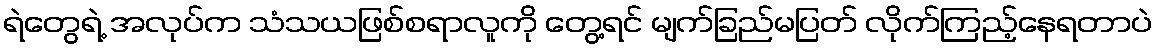
ရဲတွေရဲ့ အလုပ်က သံသယဖြစ်စရာလူကို တွေ့ရင် မျက်ခြည်မပြတ် လိုက်ကြည့်နေရတာပဲ